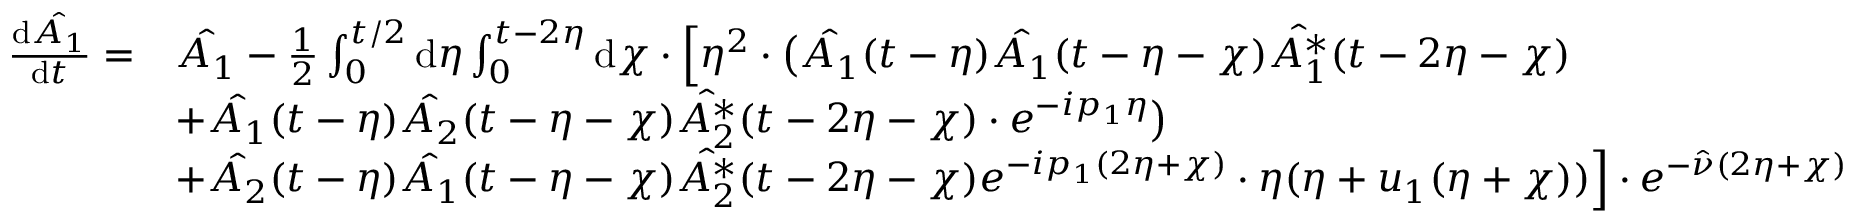
\begin{array} { r l } { \frac { \mathrm { d } \hat { A _ { 1 } } } { \mathrm { d } t } = } & { \hat { A _ { 1 } } - \frac { 1 } { 2 } \int _ { 0 } ^ { t / 2 } \mathrm { d } \eta \int _ { 0 } ^ { t - 2 \eta } \mathrm { d } \chi \cdot \Bigl [ \eta ^ { 2 } \cdot \bigl ( \hat { A _ { 1 } } ( t - \eta ) \hat { A _ { 1 } } ( t - \eta - \chi ) \hat { A _ { 1 } ^ { * } } ( t - 2 \eta - \chi ) } \\ & { + \hat { A _ { 1 } } ( t - \eta ) \hat { A _ { 2 } } ( t - \eta - \chi ) \hat { A _ { 2 } ^ { * } } ( t - 2 \eta - \chi ) \cdot e ^ { - i p _ { 1 } \eta } \bigr ) } \\ & { + \hat { A _ { 2 } } ( t - \eta ) \hat { A _ { 1 } } ( t - \eta - \chi ) \hat { A _ { 2 } ^ { * } } ( t - 2 \eta - \chi ) e ^ { - i p _ { 1 } ( 2 \eta + \chi ) } \cdot \eta ( \eta + u _ { 1 } ( \eta + \chi ) ) \Bigr ] \cdot e ^ { - \hat { \nu } ( 2 \eta + \chi ) } } \end{array}